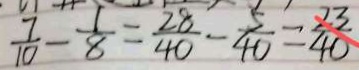
\frac { 7 } { 1 0 } - \frac { 1 } { 8 } = \frac { 2 8 } { 4 0 } - \frac { 5 } { 4 0 } = \frac { 2 3 } { 4 0 }